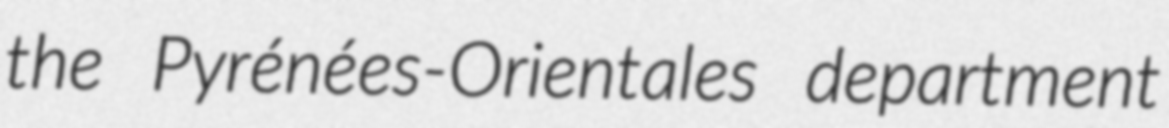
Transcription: the Pyrénées-Orientales department